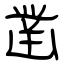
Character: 凿